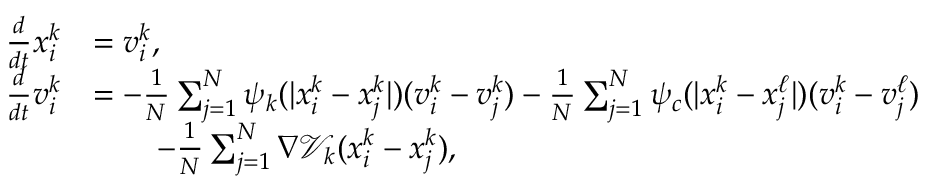
\begin{array} { r l } { \frac { d } { d t } x _ { i } ^ { k } } & { = v _ { i } ^ { k } , } \\ { \frac { d } { d t } v _ { i } ^ { k } } & { = - \frac { 1 } { N } \sum _ { j = 1 } ^ { N } \psi _ { k } ( | x _ { i } ^ { k } - x _ { j } ^ { k } | ) ( v _ { i } ^ { k } - v _ { j } ^ { k } ) - \frac { 1 } { N } \sum _ { j = 1 } ^ { N } \psi _ { c } ( | x _ { i } ^ { k } - x _ { j } ^ { \ell } | ) ( v _ { i } ^ { k } - v _ { j } ^ { \ell } ) } \\ & { \qquad - \frac { 1 } { N } \sum _ { j = 1 } ^ { N } \nabla \mathcal V _ { k } ( x _ { i } ^ { k } - x _ { j } ^ { k } ) , } \end{array}